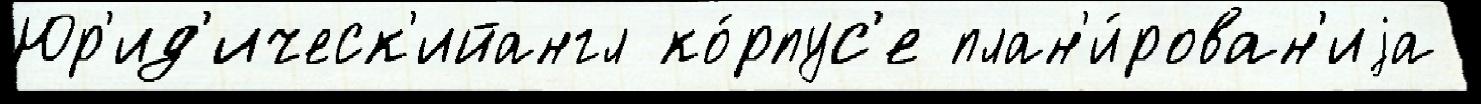
Юр'ид'ическ'ийангл ко́рпус'е план'и́рован'иjа